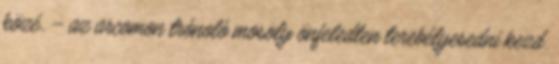
közé. – az arcomon trónoló mosoly önfeledten terebélyesedni kezd.